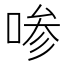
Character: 𰇼